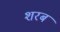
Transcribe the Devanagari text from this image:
शरब